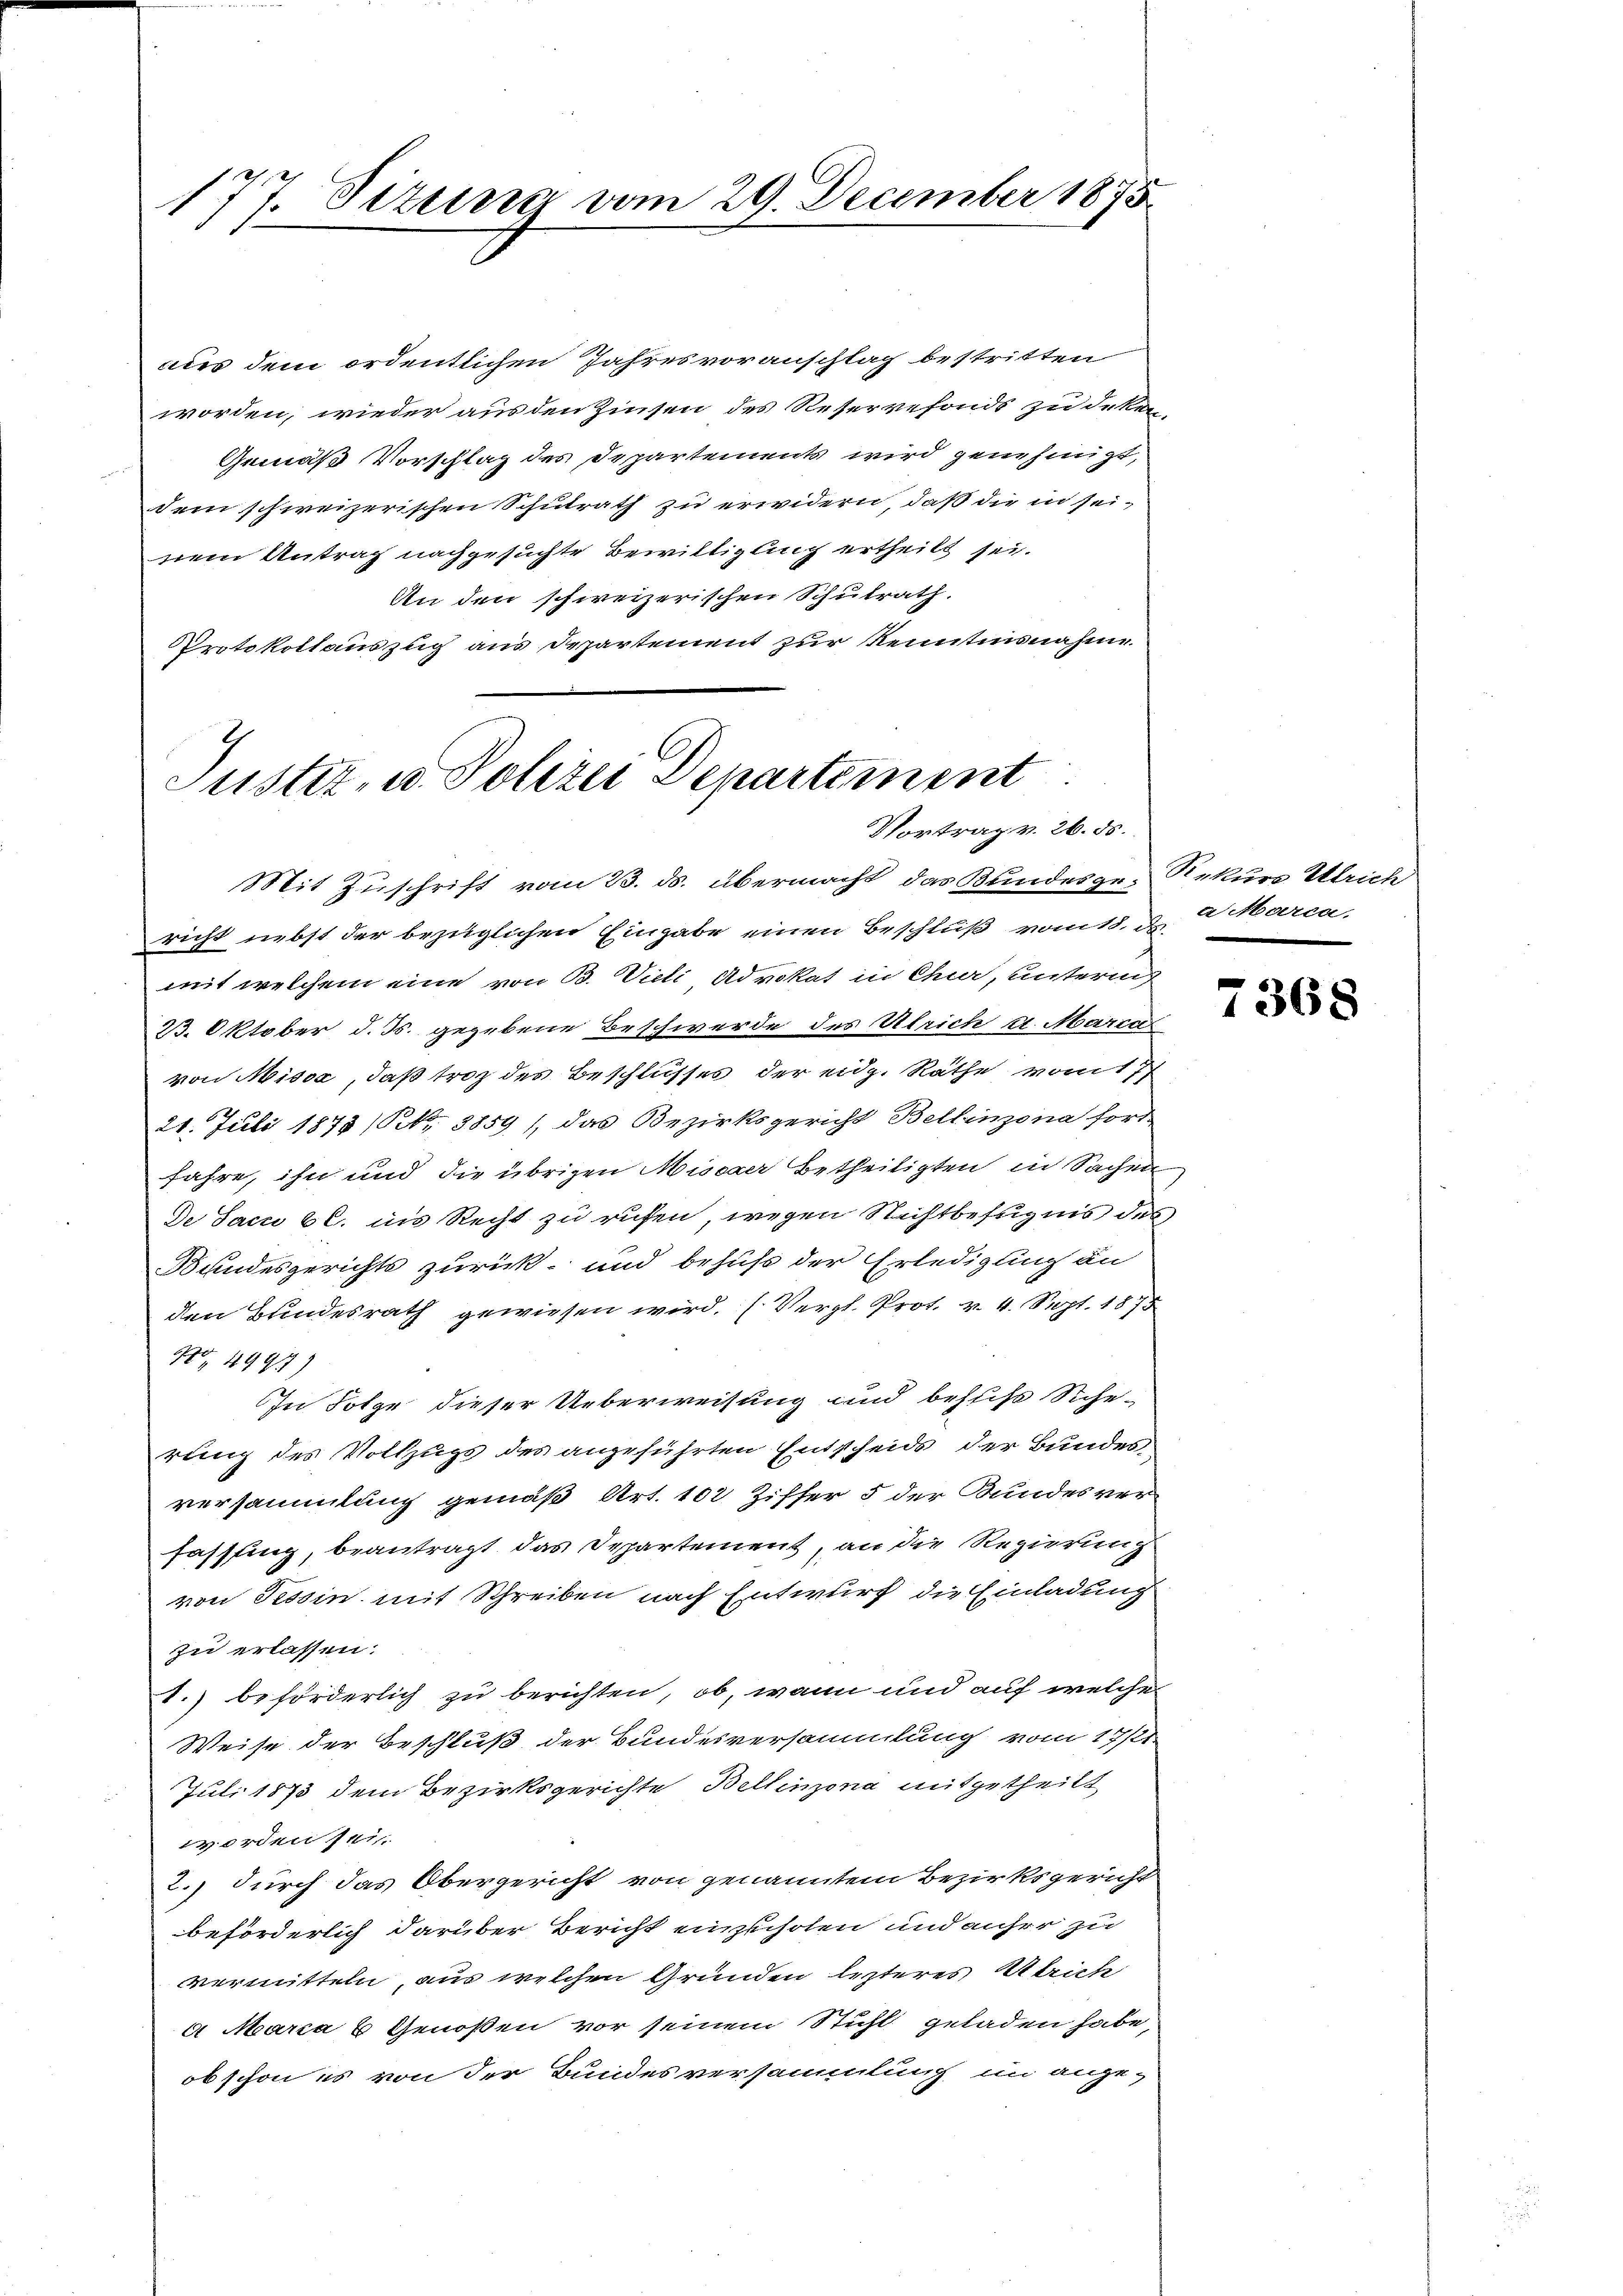
177. Sizung vom 29. December 1875

aues dem ordentlichen Jahresvoranschlag bestritten
worden, wieder aus den Zinsen des Reservefonds zu deker
Gemäß Vorschlag des Departements wird genehmigt,
dem schweizerischen Schulrath zu erwidern, daß die in seinem Antrag nachgesuchte Bewilligung ertheilt sei.
An den schweizerischen Schulrath.
Protokollauszug aus Departement zur Kenntnisnahme

Justiz- u. Polizei Departement
Vortrag v. 26. ds.

Mit Zuschrift vom 23. ds. übermacht das Bundesge- Rekurs Ulrich
richt nebst der bezüglichen Eingabe einen Beschluß vom 18. d. 2 Marca,
mit welchem eine von B. Vieli Advokat in Chur, unterm
23. Oktober d. Js. gegebene Beschwerde des Ulrich u. Marca
von Missa, daß troz des Beschlusses der eidg. Räthe vom 17
21. Juli 1873 (Nr. 3859) das Bezirksgericht Bellinzona ford-
fahre, ihn und die übrigen Mischer betheiligten in Sachen
De Sacci 6 l. ins Recht zu rufen, wegen Nichtbefugnis des
Bundesgerichts zurück und behuf der Erledigung an
den Bundesrath gewiesen wird. (Vergl. Prot. v. 4. Sept. 1873
420. 499)
In Folge dieser Ueberweisung und bestis Siche-
rung des Vollzugs des angeführten Entscheids der Bundesversammlung gemäß Art. 102 Ziffer 5 der Bundesver-
fassung, beantragt das Departement, an die Regierung
von Tessin mit Schreiben nach Entwurf die Einladung
zu erlassen.
1.) beförderlich zu berichten, ob, wann und auf welche
Weise der Beschluß der Bundesversammlung vom 17/2
Juli 1873 dem Bezirksgerichte Bellinzona mitgetheilt
worden sei
2.) durch das Obergericht von genanntem Bezirksgericht
beförderlich darüber Bericht einzuholen und anher zu
vermitteln, aus welchen Grunden lezteres Striche
9 Marca 6 Genoßen vor seinem Stuhl geladen habe,
obschon es von der Bundesversammlung in ange-

7368